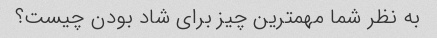
به نظر شما مهمترین چیز برای شاد بودن چیست؟